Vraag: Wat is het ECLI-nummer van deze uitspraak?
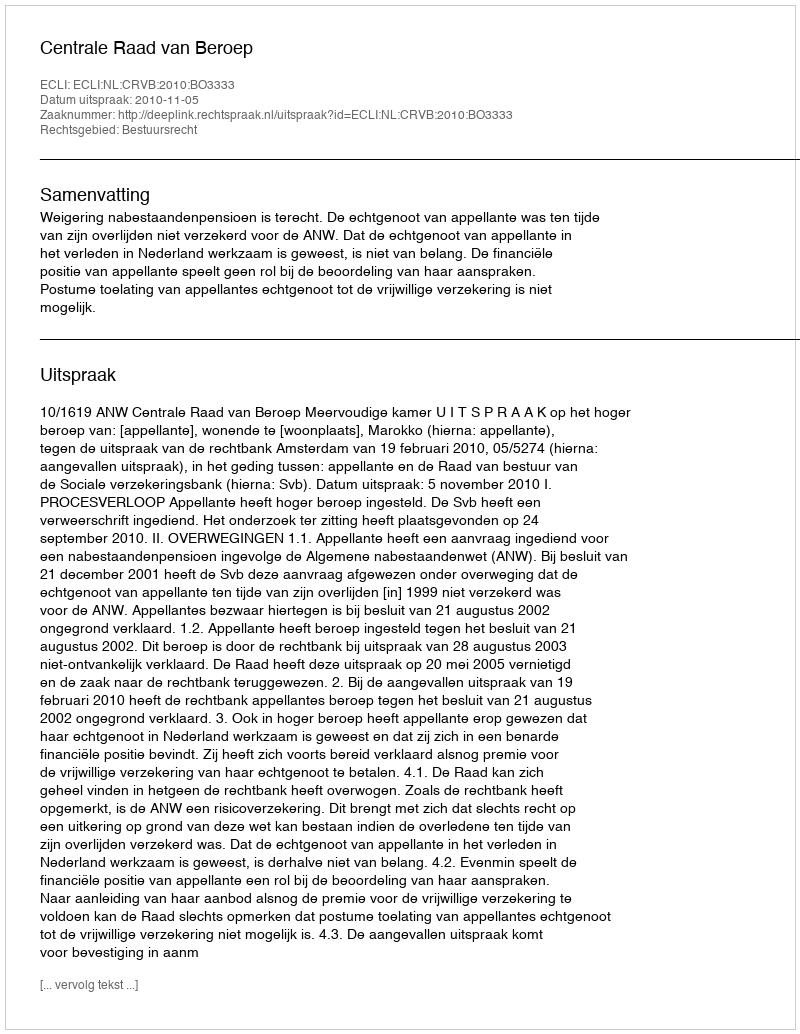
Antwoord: ECLI:NL:CRVB:2010:BO3333